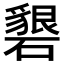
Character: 𥖞